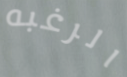
الرغبه